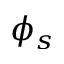
\phi _ { s }